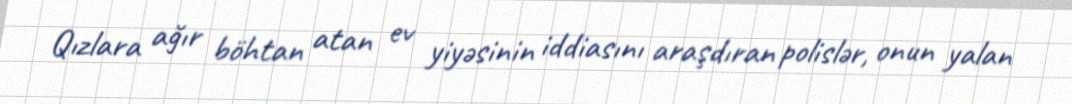
Qızlara ağır böhtan atan ev yiyəsinin iddiasını araşdıran polislər, onun yalan